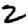
Digit: 2